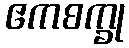
ဧကစက္ခု